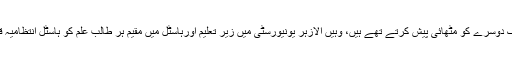
میلاد النبی صلی اللہ علیہ وآلہ وسلم کے موقع پر مصری جہاں ایک دوسرے کو مٹھائی پیش کرتے تھے ہیں، وہیں الازہر یونیورسٹی میں زیر تعلیم اورہاسٹل میں مقیم ہر طالب علم کو ہاسٹل انتظامیہ قاہرہ کی بہترین بیکری کی بنی ہوئی مٹھائی کا ڈبہ پیش کیاکرتی۔